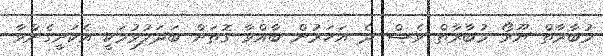
މުބާރާތް ޔޫރޯ މުބާރާތް ވެސް ދެ އަހަރުން ބާއްވާ ގޮތަށް ބަދަލުވުމަކީ އެކަށީގެންވާ